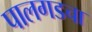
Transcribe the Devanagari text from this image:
पालगडचा